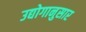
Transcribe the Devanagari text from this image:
उद्योगानुसार